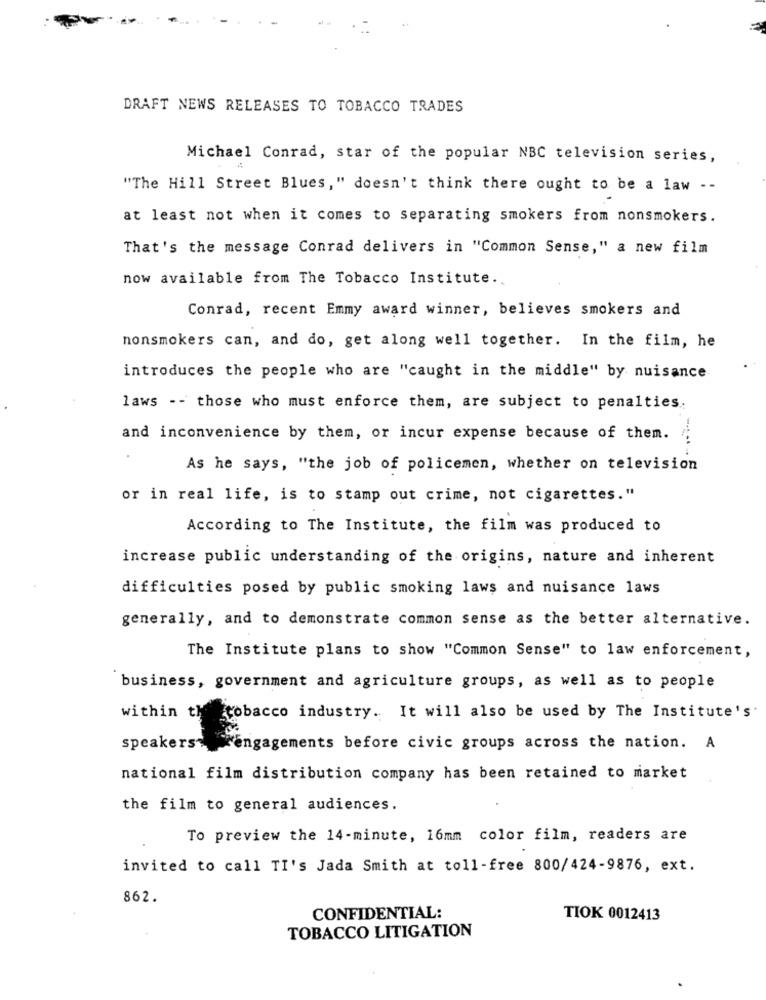
DRAFT NEWS RELEASES TO TOBACCO TRADES
Michael Conrad, star of the popular NBC television series,
"The Hill Street Blues," doesn't think there ought to be a law --
at least not when it comes to separating smokers from nonsmokers.
That's the message Conrad delivers in "Common Sense," a new film
now available from The Tobacco Institute ..
Conrad, recent Emmy award winner, believes smokers and
nonsmokers can, and do, get along well together. In the film, he
introduces the people who are "caught in the middle" by nuisance
laws -- those who must enforce them, are subject to penalties.
and inconvenience by them, or incur expense because of them.
As he says, "the job of policemen, whether on television
or in real life, is to stamp out crime, not cigarettes."
According to The Institute, the film was produced to
increase public understanding of the origins, nature and inherent
difficulties posed by public smoking laws and nuisance laws
generally, and to demonstrate common sense as the better alternative.
The Institute plans to show "Common Sense" to law enforcement,
business, government and agriculture groups, as well as to people
within thetobacco industry. It will also be used by The Institute's.
speakers engagements before civic groups across the nation. A
national film distribution company has been retained to market
the film to general audiences.
To preview the 14-minute, 16mm color film, readers are
invited to call TI's Jada Smith at toll-free 800/424-9876, ext.
862.
CONFIDENTIAL:
TIOK 0012413
TOBACCO LITIGATION